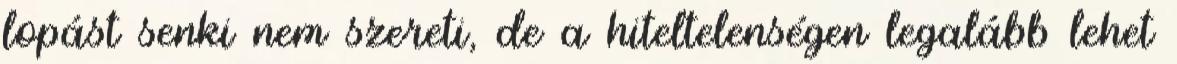
lopást senki nem szereti, de a hiteltelenségen legalább lehet